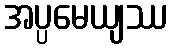
အပ္ပမေယျဿ